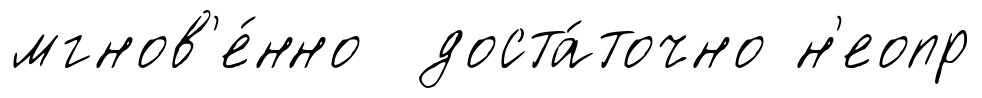
мгнов'е́нно доста́точно н'еопр